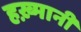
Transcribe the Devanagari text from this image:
हख़्मानी